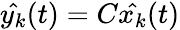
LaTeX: {\hat{y_{k}}}(t)=C{\hat{x_{k}}}(t)